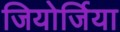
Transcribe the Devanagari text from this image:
जियोर्जिया